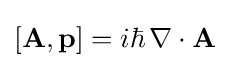
\left[\mathbf {A} ,\mathbf {p} \right]=i\hbar \,\nabla \cdot \mathbf {A}